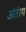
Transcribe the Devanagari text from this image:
अंतंरग